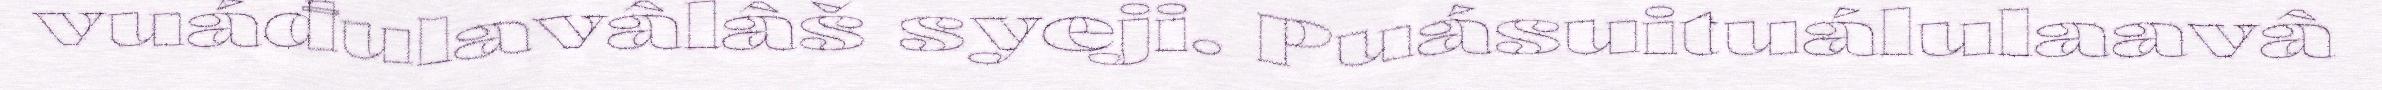
vuáđulavâlâš syeji. Puásuituálulaavâ